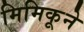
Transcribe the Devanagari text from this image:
मिमिकूने